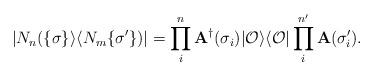
LaTeX: \begin{align*}|N_{n}(\{\sigma\}\rangle \langle N_{m}\{\sigma '\})|=\prod _i^n{\bf A}^{\dag}(\sigma_i)|{\cal O}\rangle\langle {\cal O}|\prod _i^{n'}{\bf A}(\sigma'_i).\end{align*}